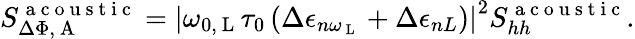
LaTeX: S_{\Delta\Phi,\mathrm{~A~}}^{\mathrm{~a~c~o~u~s~t~i~c~}}=\left|\omega_{0,\mathrm{~L~}}\tau_{0}\left(\Delta\epsilon_{n\omega_{\mathrm{~L~}}}+\Delta\epsilon_{nL}\right)\right|^{2}S_{hh}^{\mathrm{~a~c~o~u~s~t~i~c~}}.